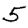
Digit: 5